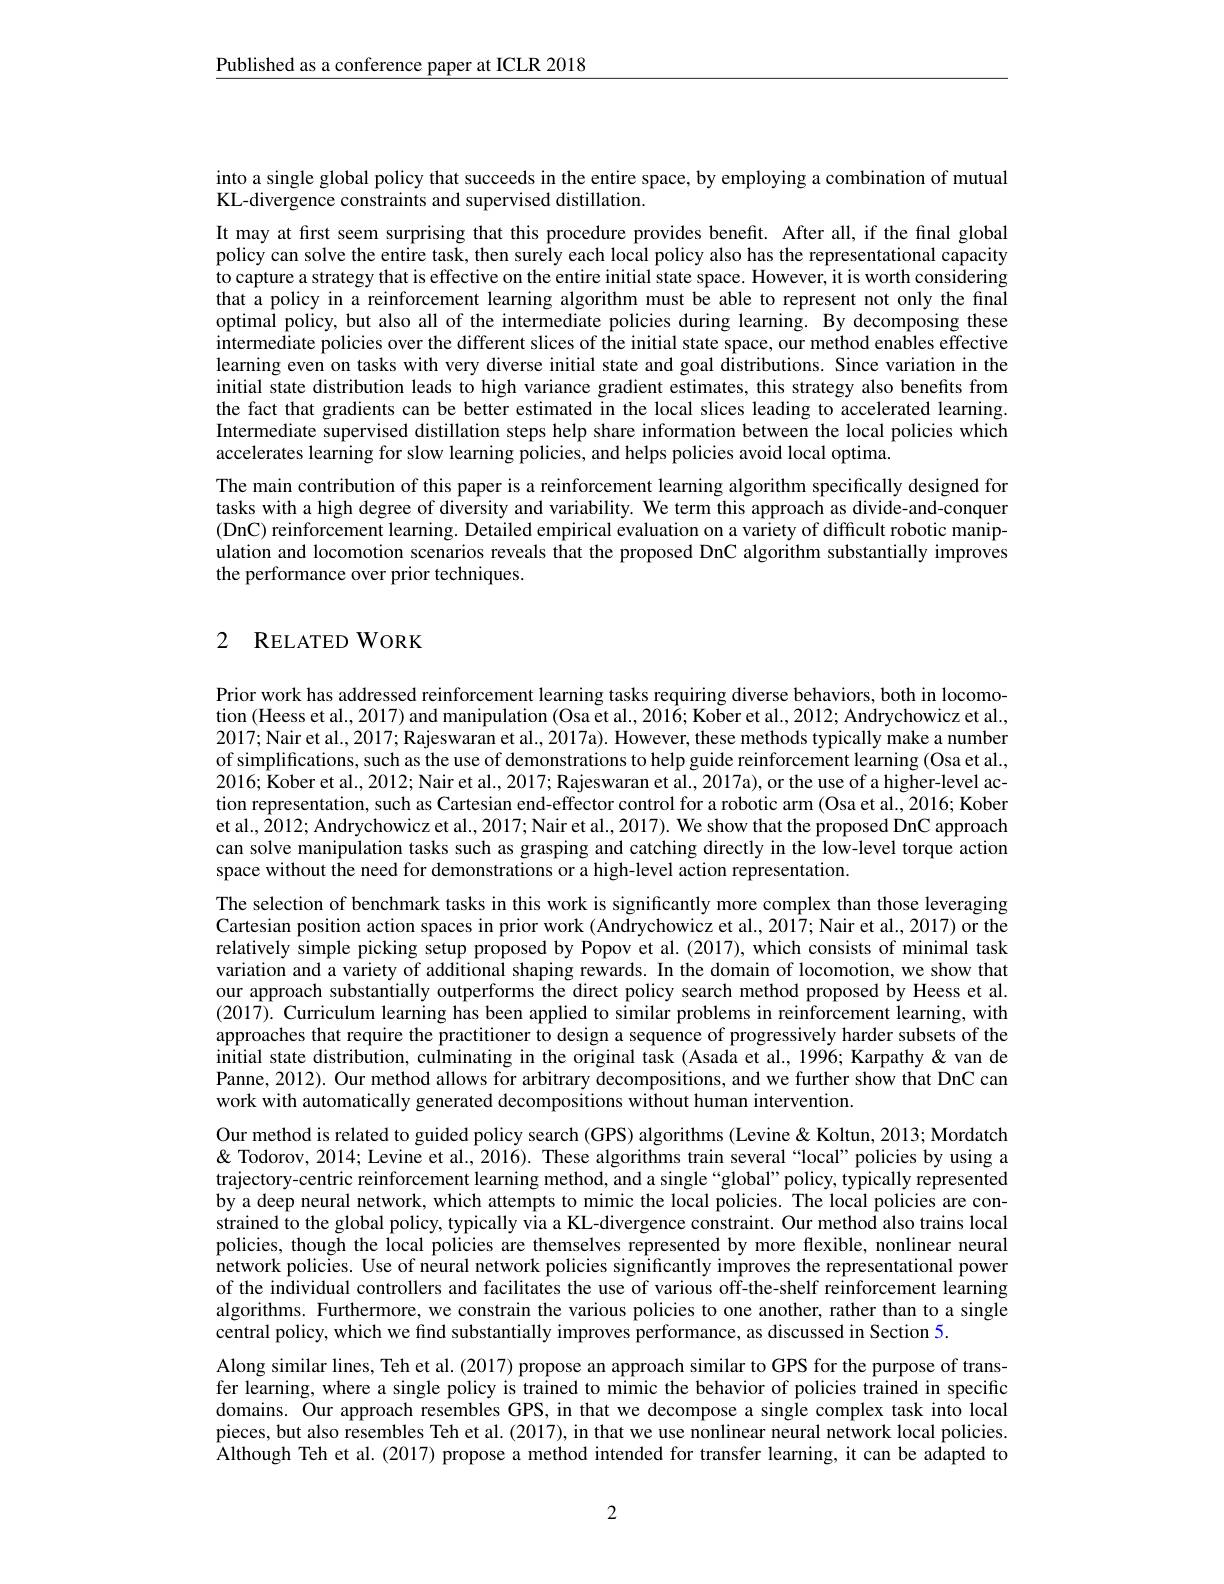
$\underline{\text{Published as a conference paper at ICLR 2018}}$

into a single global policy that succeeds in the entire space, by employing a combination of mutual
KL-divergence constraints and supervised distillation.

It may at first seem surprising that this procedure provides benefit. After all, if the final global policy can solve the entire task, then surely each local policy also has the representational capacity to capture a strategy that is effective on the entire initial state space. However, it is worth considering that a policy in a reinforcement learning algorithm must be able to represent not only the final optimal policy, but also all of the intermediate policies during learning. By decomposing these intermediate policies over the different slices of the initial state space, our method enables effective learning even on tasks with very diverse initial state and goal distributions. Since variation in the initial state distribution leads to high variance gradient estimates, this strategy also benefits from the fact that gradients can be better estimated in the local slices leading to accelerated learning. Intermediate supervised distillation steps help share information between the local policies which accelerates learning for slow learning policies, and helps policies avoid local optima.
The main contribution of this paper is a reinforcement learning algorithm specifically designed for tasks with a high degree of diversity and variability. We term this approach as divide-and-conquer (DnC) reinforcement learning. Detailed empirical evaluation on a variety of difficult robotic manipulation and locomotion scenarios reveals that the proposed DnC algorithm substantially improves the performance over prior techniques.

# 2 RELATED WORK

Prior work has addressed reinforcement learning tasks requiring diverse behaviors, both in locomotion (Heess et al., 2017) and manipulation (Osa et al., 2016; Kober et al., 2012; Andrychowicz et al., 2017; Nair et al., 2017; Rajeswaran et al., 2017a). However, these methods typically make a number of simplifications, such as the use of demonstrations to help guide reinforcement learning (Osa et al., 2016; Kober et al., 2012; Nair et al., 2017; Rajeswaran et al., 2017a), or the use of a higher-level action representation, such as Cartesian end-effector control for a robotic arm (Osa et al., 2016; Kober et al., 2012; Andrychowicz et al., 2017; Nair et al., 2017). We show that the proposed DnC approach can solve manipulation tasks such as grasping and catching directly in the low-level torque action space without the need for demonstrations or a high-level action representation.
The selection of benchmark tasks in this work is significantly more complex than those leveraging Cartesian position action spaces in prior work (Andrychowicz et al., 2017; Nair et al., 2017) or the relatively simple picking setup proposed by Popov et al. (2017), which consists of minimal task variation and a variety of additional shaping rewards. In the domain of locomotion, we show that our approach substantially outperforms the direct policy search method proposed by Heess et al. (2017). Curriculum learning has been applied to similar problems in reinforcement learning, with approaches that require the practitioner to design a sequence of progressively harder subsets of the initial state distribution, culminating in the original task (Asada et al., 1996; Karpathy & van de Panne, 2012). Our method allows for arbitrary decompositions, and we further show that DnC can work with automatically generated decompositions without human intervention.
Our method is related to guided policy search (GPS) algorithms (Levine & Koltun, 2013; Mordatch & ' Levine et al., 2016). These algorithms train several “local” policies by using a trajectory-centric reinforcement learning method, and a single “global” policy, typically represented by a deep neural network, which attempts to mimic the local policies. The local policies are constrained to the global policy, typically via a KL-divergence constraint. Our method also trains local policies, though the local policies are themselves represented by more flexible, nonlinear neural inetwork policies. Use of neural network policies significantly improves the representational power of the individual controllers and facilitates the use of various off-the-shelf reinforcement learning algorithms. Furthermore, we constrain the various policies to one another, rather than to a single central policy, which we find substantially improves performance, as discussed in Section 5.
Along similar lines, Teh et al. (2017) propose an approach similar to GPS for the purpose of transfer learning, where a single policy is trained to mimic the behavior of policies trained in specific domains. Our approach resembles GPS, in that we decompose a single complex task into local pieces, but also resembles Teh et al. (2017), in that we use nonlinear neural network local policies. Although Teh et al.(2017) propose a method intended for transfer learning, it can be adapted to

2